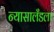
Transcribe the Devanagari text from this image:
न्यासालँडला